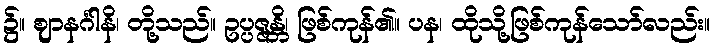
၌။ ဈာနင်္ဂါနိ၊ တို့သည်။ ဥပ္ပဇ္ဇန္တိ၊ ဖြစ်ကုန်၏။ ပန၊ ထိုသို့ဖြစ်ကုန်သော်လည်း။